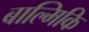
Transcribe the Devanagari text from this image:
बाल्मिकि